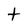
Character: t